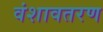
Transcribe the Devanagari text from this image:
वंशावतरण